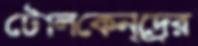
টোলকেন্দ্রের